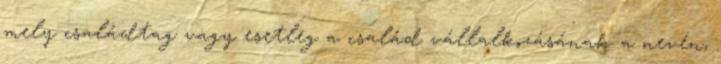
mely családtag vagy esetleg a család vállalkozásának a nevén,